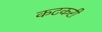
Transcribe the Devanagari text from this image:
कटकरी